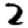
Digit: 2